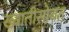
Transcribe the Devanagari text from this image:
ख्यातीसोबत